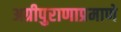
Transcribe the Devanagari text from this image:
अग्रीपुराणाप्रमाणे